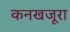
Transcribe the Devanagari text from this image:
कनखजूरा